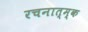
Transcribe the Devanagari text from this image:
रचनात्म्क